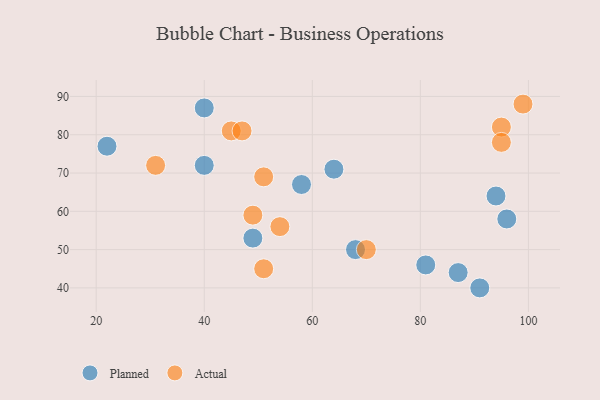
{"axis": {"x": "GDP", "y": "Life Expectancy"}, "legend": ["Actual", "Planned"], "data": [{"x": "96", "y": 58, "type": "Planned"}, {"x": "68", "y": 50, "type": "Planned"}, {"x": "91", "y": 40, "type": "Planned"}, {"x": "94", "y": 64, "type": "Planned"}, {"x": "40", "y": 87, "type": "Planned"}, {"x": "87", "y": 44, "type": "Planned"}, {"x": "49", "y": 53, "type": "Planned"}, {"x": "58", "y": 67, "type": "Planned"}, {"x": "81", "y": 46, "type": "Planned"}, {"x": "64", "y": 71, "type": "Planned"}, {"x": "22", "y": 77, "type": "Planned"}, {"x": "40", "y": 72, "type": "Planned"}, {"x": "95", "y": 82, "type": "Actual"}, {"x": "45", "y": 81, "type": "Actual"}, {"x": "51", "y": 69, "type": "Actual"}, {"x": "49", "y": 59, "type": "Actual"}, {"x": "54", "y": 56, "type": "Actual"}, {"x": "51", "y": 45, "type": "Actual"}, {"x": "31", "y": 72, "type": "Actual"}, {"x": "99", "y": 88, "type": "Actual"}, {"x": "47", "y": 81, "type": "Actual"}, {"x": "70", "y": 50, "type": "Actual"}, {"x": "95", "y": 78, "type": "Actual"}]}